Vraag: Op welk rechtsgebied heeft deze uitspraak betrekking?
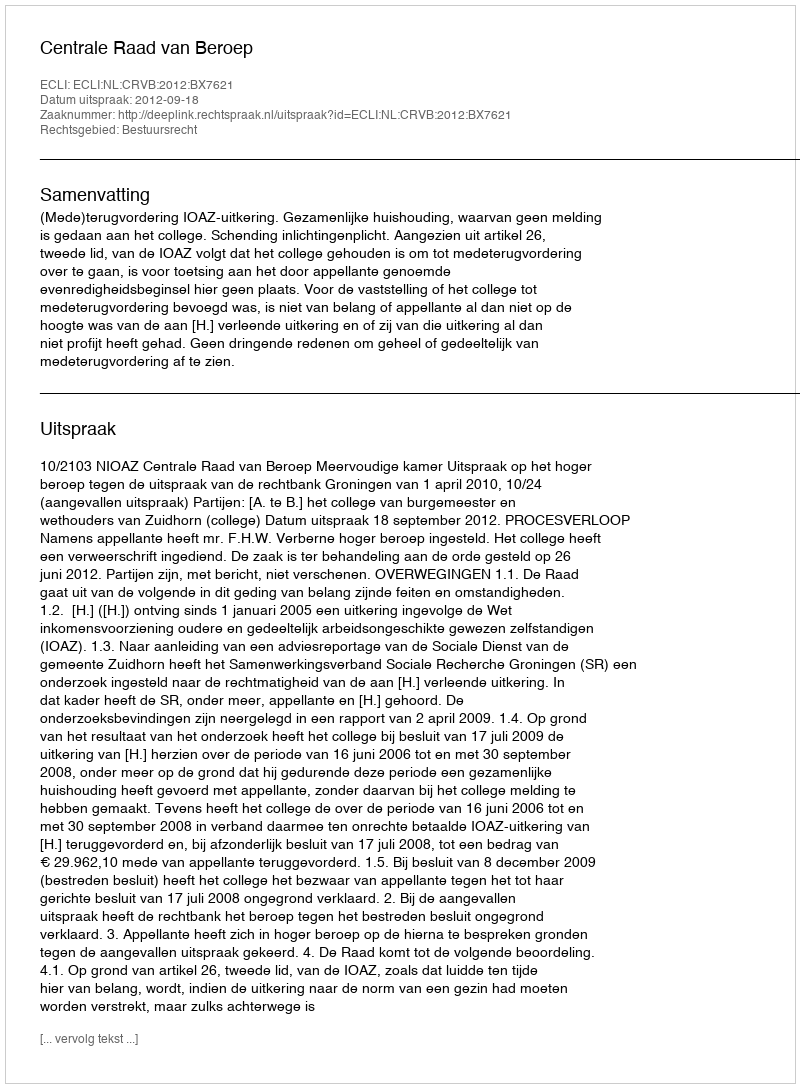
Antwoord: Bestuursrecht